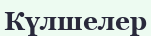
Күлшелер